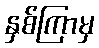
နှစ်ကြာမှ